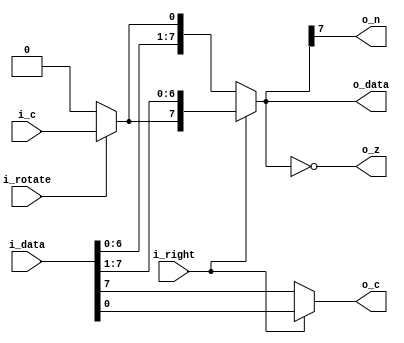
// This program was cloned from: https://github.com/jotego/jtcores
// License: GNU General Public License v3.0

// Copyright (c) 2014 Takashi Toyoshima <toyoshim@gmail.com>.
// All rights reserved.  Use of this source code is governed by a BSD-style
// license that can be found in the LICENSE file.

module MC6502Shifter(
    i_data,
    i_rotate,
    i_right,
    i_c,
    o_data,
    o_n,
    o_z,
    o_c);
  input  [7:0] i_data;
  input        i_rotate;
  input        i_right;
  input        i_c;
  output [7:0] o_data;
  output       o_n;
  output       o_z;
  output       o_c;

  wire   [8:0] w_to_left;
  wire   [8:0] w_to_right;

  assign o_data     = i_right ? w_to_right[8:1] : w_to_left[7:0];
  assign o_n        = o_data[7];
  assign o_z        = o_data == 8'h00;
  assign o_c        = i_right ? w_to_right[0] : w_to_left[8];

  assign w_to_left  = { i_data, i_rotate ? i_c : 1'b0 };
  assign w_to_right = { i_rotate ? i_c : 1'b0, i_data };
endmodule  // MC6502Shifter